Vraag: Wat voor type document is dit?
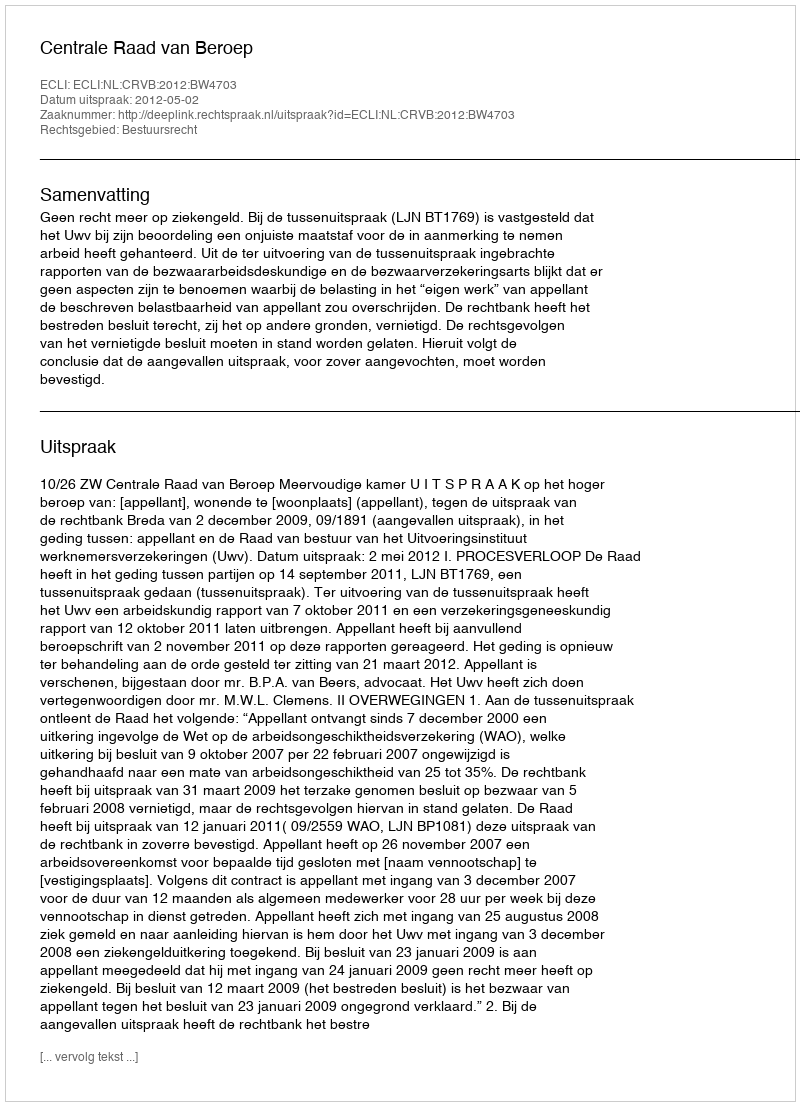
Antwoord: Uitspraak